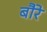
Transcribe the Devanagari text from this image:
बौरे